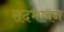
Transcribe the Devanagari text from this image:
सदभावन